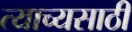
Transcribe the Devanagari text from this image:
त्याच्यसाठी